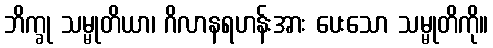
ဘိက္ခု သမ္မုတိယာ၊ ဂိလာနရဟန်းအား ပေးသော သမ္မုတိကို။